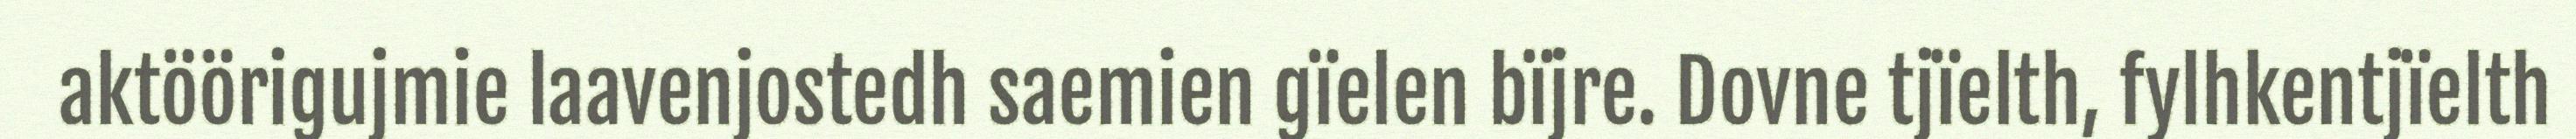
aktöörigujmie laavenjostedh saemien gïelen bïjre. Dovne tjïelth, fylhkentjïelth